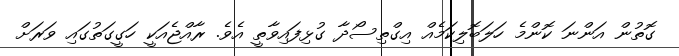
ގޮތުން އަންނަ ކޮންމެ ހަލަބޮލިކަމެއް އިގްތިސޯދާ ގުޅިފައިވާތީ އެވެ. ރާއްޖެއަކީ ހަގީގަތުގައި ވަރަށް